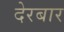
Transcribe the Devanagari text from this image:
देरबार